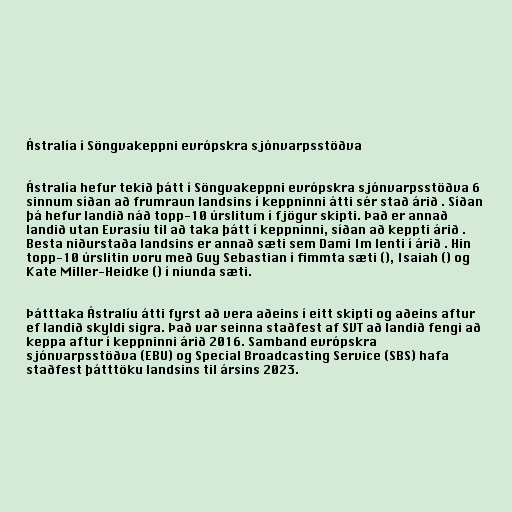
Ástralía í Söngvakeppni evrópskra sjónvarpsstöðva

Ástralía hefur tekið þátt í Söngvakeppni evrópskra sjónvarpsstöðva 6
sinnum síðan að frumraun landsins í keppninni átti sér stað árið . Síðan
þá hefur landið náð topp-10 úrslitum í fjögur skipti. Það er annað
landið utan Evrasíu til að taka þátt í keppninni, síðan að keppti árið .
Besta niðurstaða landsins er annað sæti sem Dami Im lenti í árið . Hin
topp-10 úrslitin voru með Guy Sebastian í fimmta sæti (), Isaiah () og
Kate Miller-Heidke () í níunda sæti.

Þátttaka Ástralíu átti fyrst að vera aðeins í eitt skipti og aðeins aftur
ef landið skyldi sigra. Það var seinna staðfest af SVT að landið fengi að
keppa aftur í keppninni árið 2016. Samband evrópskra
sjónvarpsstöðva (EBU) og Special Broadcasting Service (SBS) hafa
staðfest þátttöku landsins til ársins 2023.